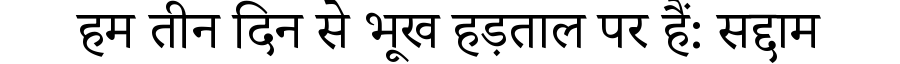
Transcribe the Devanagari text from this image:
हम तीन दिन से भूख हड़ताल पर हैं: सद्दाम